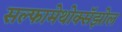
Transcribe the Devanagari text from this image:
सल्फामेथोक्सॅझोल